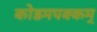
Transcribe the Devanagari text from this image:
कोडमपक्कम्